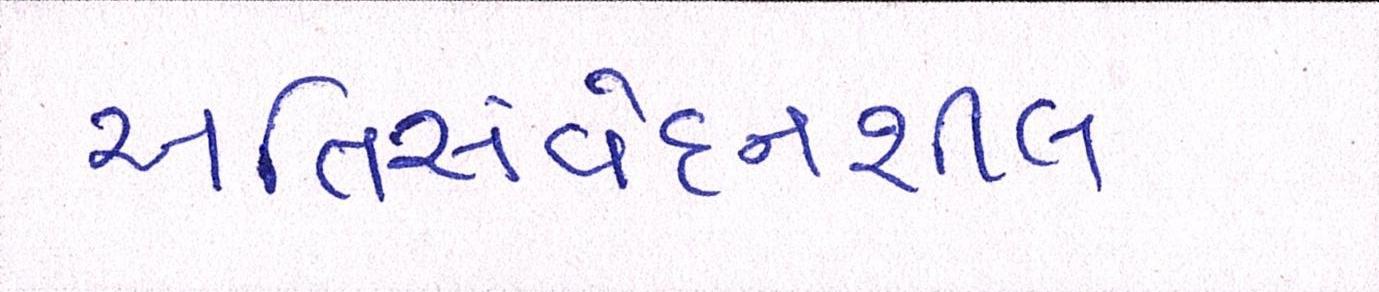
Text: અતિસંવદનશીલ